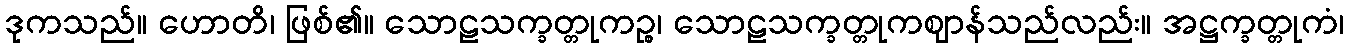
ဒုကသည်။ ဟောတိ၊ ဖြစ်၏။ သောဠသက္ခတ္တုကဉ္စ၊ သောဠသက္ခတ္တုကဈာန်သည်လည်း။ အဋ္ဌက္ခတ္တုကံ၊